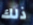
ذلك